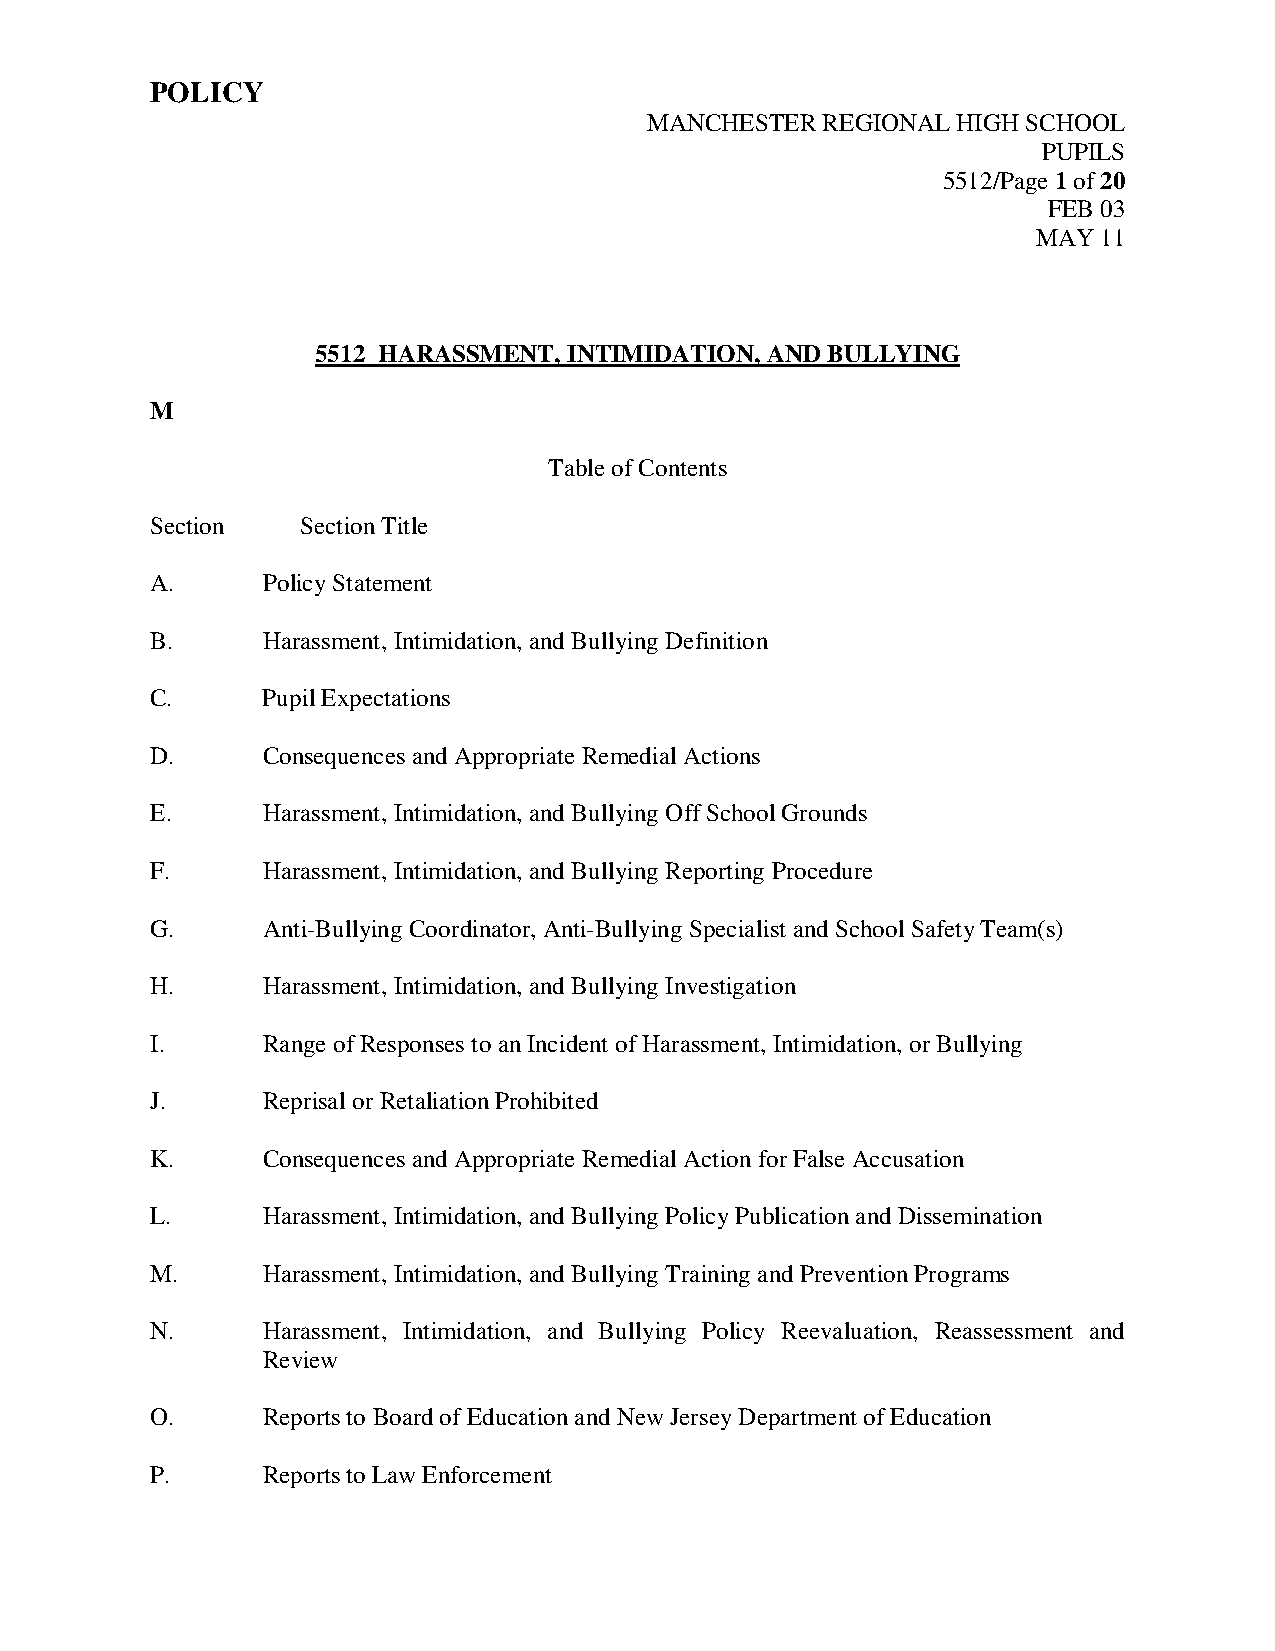
POLICY
 MANCHESTER REGIONAL HIGH SCHOOL
 PUPILS
 5512/Page 1 of 20
 FEB 03
 MAY 11
 5512 HARASSMENT, INTIMIDATION, AND BULLYING
 M
 Table of Contents
 Section   Section Title
 A.     Policy Statement
 B.     Harassment, Intimidation, and Bullying Definition
 C.     Pupil Expectations
 D.     Consequences and Appropriate Remedial Actions
 E.     Harassment, Intimidation, and Bullying Off School Grounds
 F.     Harassment, Intimidation, and Bullying Reporting Procedure
 G.     Anti-Bullying Coordinator, Anti-Bullying Specialist and School Safety Team(s)
 H.     Harassment, Intimidation, and Bullying Investigation
 I.     Range of Responses to an Incident of Harassment, Intimidation, or Bullying
 J.     Reprisal or Retaliation Prohibited
 K.     Consequences and Appropriate Remedial Action for False Accusation
 L.     Harassment, Intimidation, and Bullying Policy Publication and Dissemination
 M.     Harassment, Intimidation, and Bullying Training and Prevention Programs
 N.     Harassment, Intimidation, and Bullying Policy Reevaluation, Reassessment and
 Review
 O.     Reports to Board of Education and New Jersey Department of Education
 P.     Reports to Law Enforcement